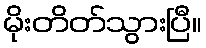
မိုးတိတ်သွားပြီ။